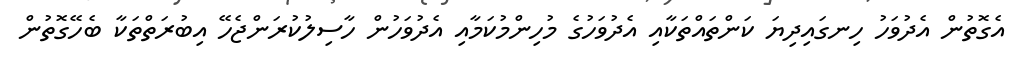
އެގޮތުން އެދުވަހު ހިނގައިދިޔަ ކަންތައްތަކާއި އެދުވަހުގެ މުހިންމުކަމާއި އެދުވަހުން ހާސިލުކުރަންޖެހޭ އިބުރަތްތަކާ ބެހޭގޮތުން